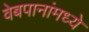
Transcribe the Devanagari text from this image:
वेबपानांमध्ये